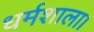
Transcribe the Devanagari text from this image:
धर्मशाला।